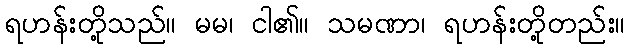
ရဟန်းတို့သည်။ မမ၊ ငါ၏။ သမဏာ၊ ရဟန်းတို့တည်း။